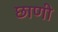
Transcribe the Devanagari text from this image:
छाणी